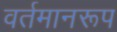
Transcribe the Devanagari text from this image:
वर्तमानरूप